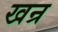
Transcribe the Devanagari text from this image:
खन्र